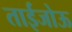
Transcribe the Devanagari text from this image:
ताईजोऊ